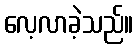
လေ့လာခဲ့သည်။